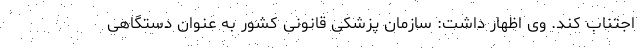
اجتناب کند. وی اظهار داشت: سازمان پزشکی قانونی کشور به عنوان دستگاهی